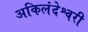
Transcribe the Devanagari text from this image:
अकिलंदेश्वरी